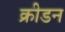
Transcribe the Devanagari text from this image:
क्रीडन